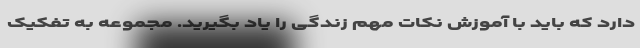
دارد که باید با آموزش نکات مهم زندگی را یاد بگیرید. مجموعه به تفکیک